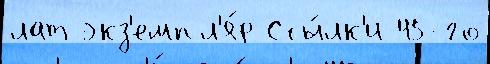
лат экз'емпл'я́р Ссы́лк'и 45-го